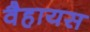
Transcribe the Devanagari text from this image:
वैहायस